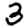
Digit: 3